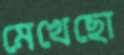
মেখেছো